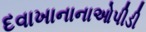
દવાખાનાનાઓપીડી